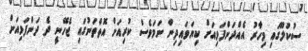
ސުކުލޫގައި މިހާރު އެއްދަންފަޅިއަށް ކިޔަވައިދިން ނަމަވެސް ކުރިއަށް އޮތްތަނުގައި ޖެހޭނީ ދެ ދަންފަޅިއަށް